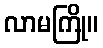
လာမကြို။